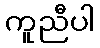
ကူညီပါ